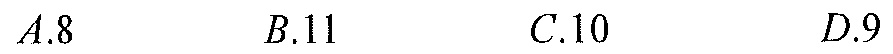
\(A.8\)  \(B.11\)  \(C.10\)  \(D.9\)